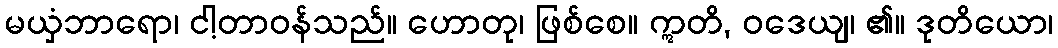
မယှံဘာရော၊ ငါ့တာဝန်သည်။ ဟောတု၊ ဖြစ်စေ။ ဣတိ, ဝဒေယျ၊ ၏။ ဒုတိယော၊